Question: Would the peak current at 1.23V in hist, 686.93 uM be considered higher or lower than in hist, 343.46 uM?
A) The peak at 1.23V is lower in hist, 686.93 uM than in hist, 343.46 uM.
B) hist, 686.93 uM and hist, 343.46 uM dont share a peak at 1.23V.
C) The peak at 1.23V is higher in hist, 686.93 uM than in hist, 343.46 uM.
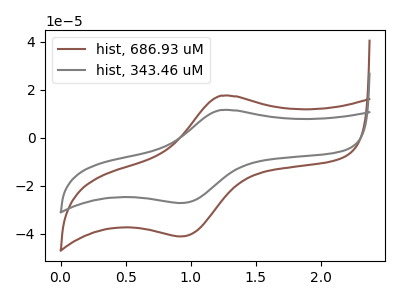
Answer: <think>The brown curve "hist, 686.93 uM" has an anodic peak at (1.25V, 17.55uA) and a cathodic peak at (0.90V, -41.05uA). The gray curve "hist, 343.46 uM" has an anodic peak at (1.25V, 11.60uA) and a cathodic peak at (0.90V, -27.10uA).</think>
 <answer>C) The peak at 1.23V is higher in "hist, 686.93 uM" than in "hist, 343.46 uM".</answer>
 <eval>C</eval>